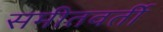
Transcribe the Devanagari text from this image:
समीतवर्ती